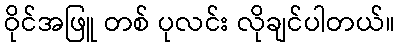
ဝိုင်အဖြူ တစ် ပုလင်း လိုချင်ပါတယ်။